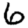
Digit: 6